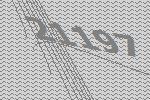
21197